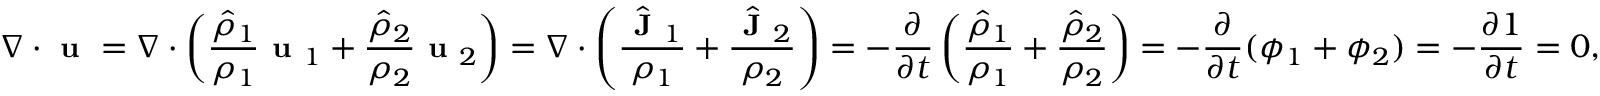
\small \nabla \cdot \textbf { u } = \nabla \cdot \left( \frac { \hat { \rho } _ { 1 } } { \rho _ { 1 } } \textbf { u } _ { 1 } + \frac { \hat { \rho } _ { 2 } } { \rho _ { 2 } } \textbf { u } _ { 2 } \right) = \nabla \cdot \left( \frac { \hat { \textbf { J } } _ { 1 } } { \rho _ { 1 } } + \frac { \hat { \textbf { J } } _ { 2 } } { \rho _ { 2 } } \right) = - \frac { \partial } { \partial t } \left( \frac { \hat { \rho } _ { 1 } } { \rho _ { 1 } } + \frac { \hat { \rho } _ { 2 } } { \rho _ { 2 } } \right) = - \frac { \partial } { \partial t } ( \phi _ { 1 } + \phi _ { 2 } ) = - \frac { \partial 1 } { \partial t } = 0 ,